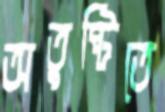
অতুষ্টিতে